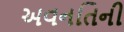
અવનતિની